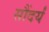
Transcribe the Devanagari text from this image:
सौंदर्यं